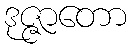
ဒုဇ္ဇာတော